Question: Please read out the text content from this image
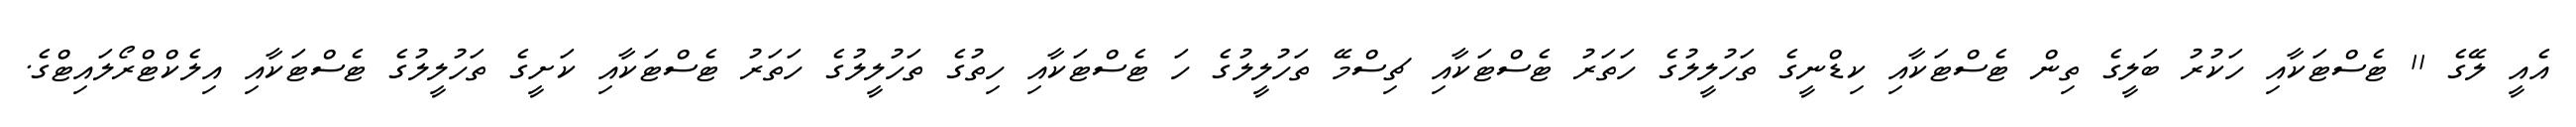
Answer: އެއީ ލޭގެ 11 ޓެސްޓަކާއި ހަކުރު ބަލީގެ ތިން ޓެސްޓަކާއި ކިޑްނީގެ ތަހުލީލުގެ ހަތަރު ޓެސްޓަކާއި ޗިސްމޭ ތަހުލީލުގެ ހަ ޓެސްޓަކާއި ހިތުގެ ތަހުލީލުގެ ހަތަރު ޓެސްޓަކާއި ކަށީގެ ތަހުލީލުގެ ޓެސްޓަކާއި އިލެކްޓްރޯލައިޓްގެ.